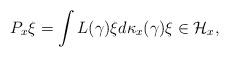
LaTeX: \begin{gather*}P_x\xi=\int L(\gamma)\xi d\kappa_x(\gamma)\xi\in {\mathcal H}_x,\end{gather*}